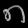
Digit: ၈